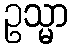
ဥသ္မာ